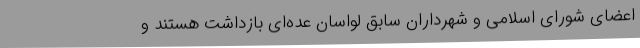
اعضای شورای اسلامی و شهرداران سابق لواسان عده‌ای بازداشت هستند و